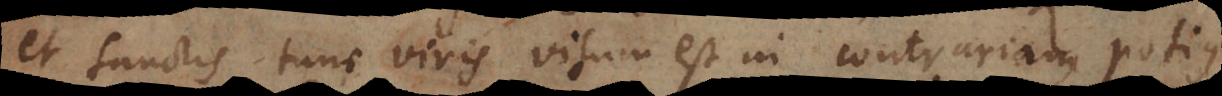
et sanctis tunc viris visum est in contrariam potius